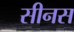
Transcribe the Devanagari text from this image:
सीनस